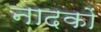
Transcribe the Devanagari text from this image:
नादकों